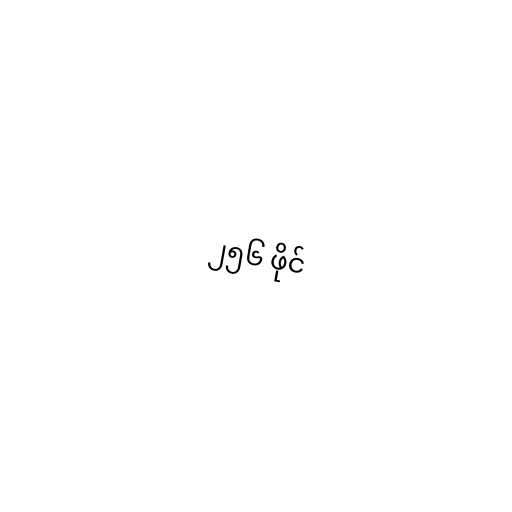
၂၅၆ ဖိုင်